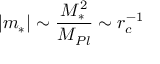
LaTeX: | m _ { * } | \sim \frac { M _ { * } ^ { 2 } } { M _ { P l } } \sim r _ { c } ^ { - 1 }